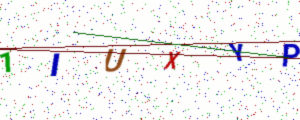
Text: 1IUXYP